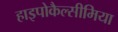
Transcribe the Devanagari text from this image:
हाइपोकैल्सीमिया